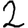
Digit: 2